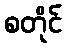
စတိုင်